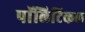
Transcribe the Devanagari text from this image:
पाॅलिटिकल